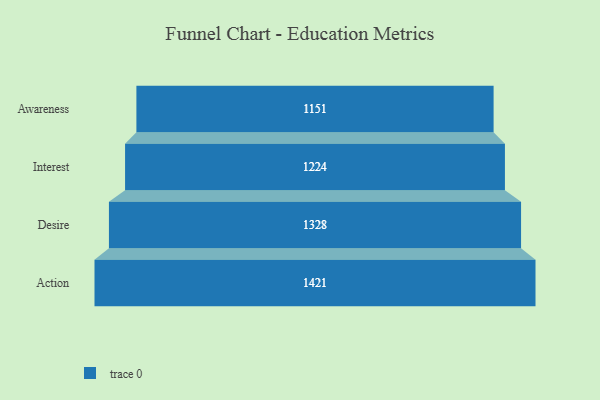
{"axis": {"x": "Stage", "y": "Value"}, "legend": [""], "data": [{"x": "Awareness", "y": 1151.0, "type": ""}, {"x": "Interest", "y": 1224.0, "type": ""}, {"x": "Desire", "y": 1328.0, "type": ""}, {"x": "Action", "y": 1421.0, "type": ""}]}